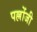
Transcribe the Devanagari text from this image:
पल्लोंजी